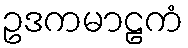
ဥဒကမာဠကံ